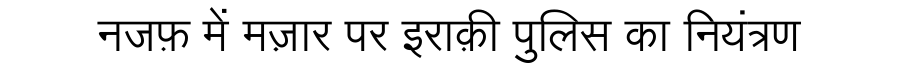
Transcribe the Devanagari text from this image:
नजफ़ में मज़ार पर इराक़ी पुलिस का नियंत्रण